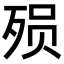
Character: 殒